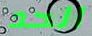
الحد